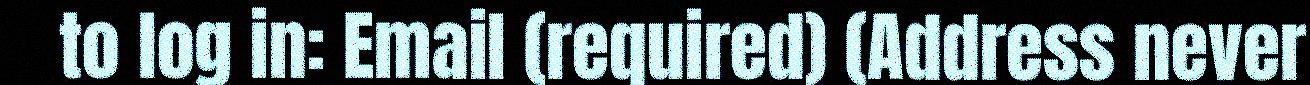
to log in: Email (required) (Address never